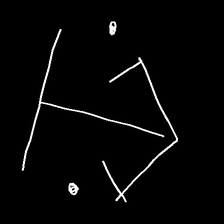
Glyph: earth